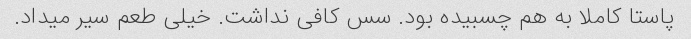
پاستا کاملا به هم چسبیده بود. سس کافی نداشت. خیلی طعم سیر میداد.